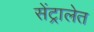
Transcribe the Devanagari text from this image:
सेंट्रालेत